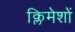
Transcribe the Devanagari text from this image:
क्लिमेशों